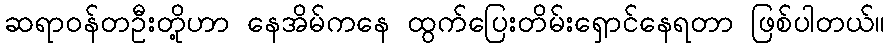
ဆရာဝန်တဦးတို့ဟာ နေအိမ်ကနေ ထွက်ပြေးတိမ်းရှောင်နေရတာ ဖြစ်ပါတယ်။